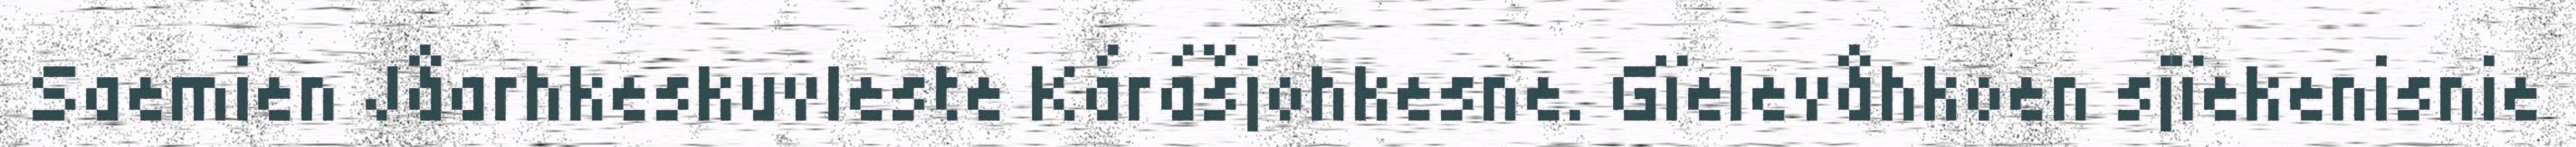
Saemien Jåarhkeskuvleste Kárášjohkesne. Gïelevåhkoen sjïekenisnie